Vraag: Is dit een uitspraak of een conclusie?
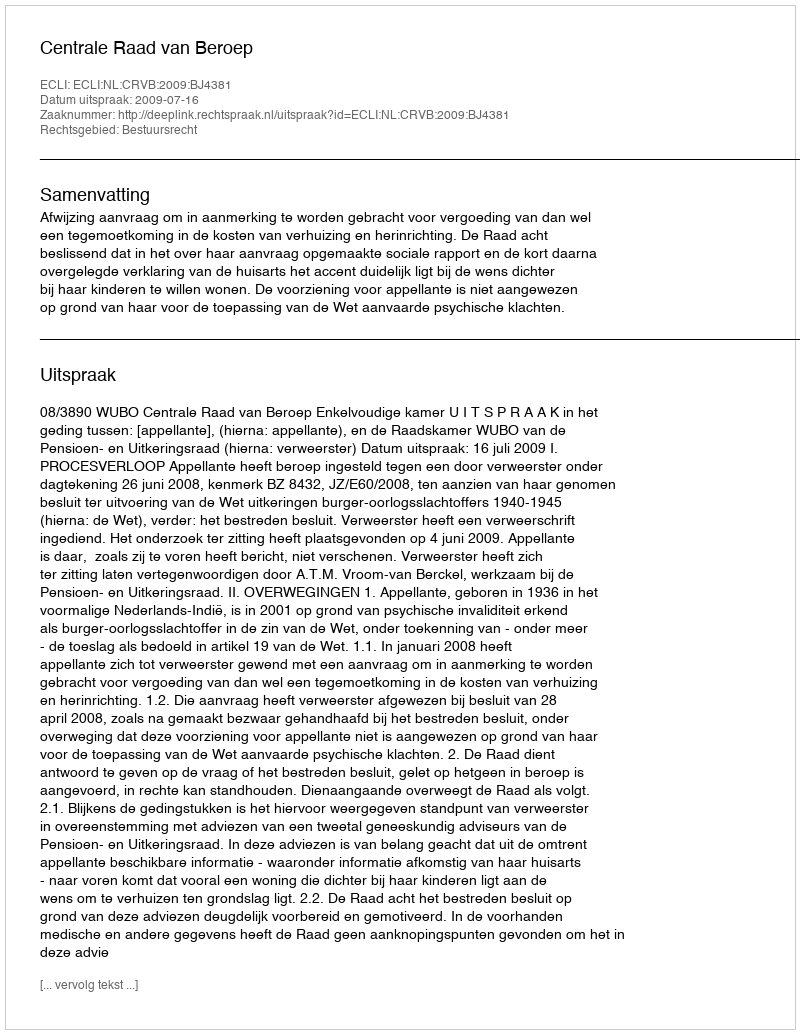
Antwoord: Uitspraak